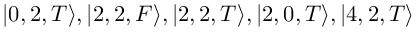
| 0 , 2 , T \rangle , | 2 , 2 , F \rangle , | 2 , 2 , T \rangle , | 2 , 0 , T \rangle , | 4 , 2 , T \rangle